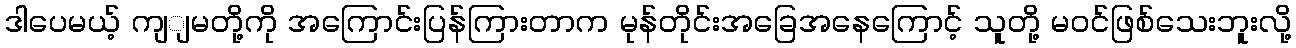
ဒါပေမယ့် ကျျမတို့ကို အကြောင်းပြန်ကြားတာက မုန်တိုင်းအခြေအနေကြောင့် သူတို့ မဝင်ဖြစ်သေးဘူးလို့